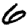
Digit: 6